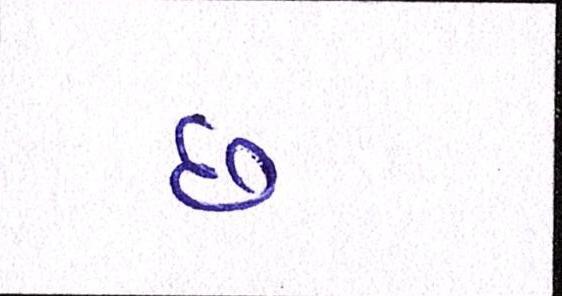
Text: છ